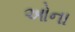
ઓના